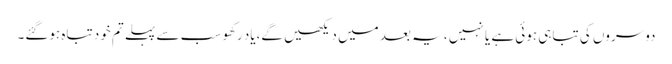
دوسروں کی تباہی ہوئی ہے یا نہیں ، یہ بعد میں دیکھیں گے،یاد رکھو سب سے پہلے تم خود تباہ ہوگئے۔